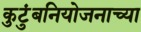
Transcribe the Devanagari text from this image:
कुटुंबनियोजनाच्या